Vaccination in Bombay 1863-1868 - 1863-1868
Year: 1863
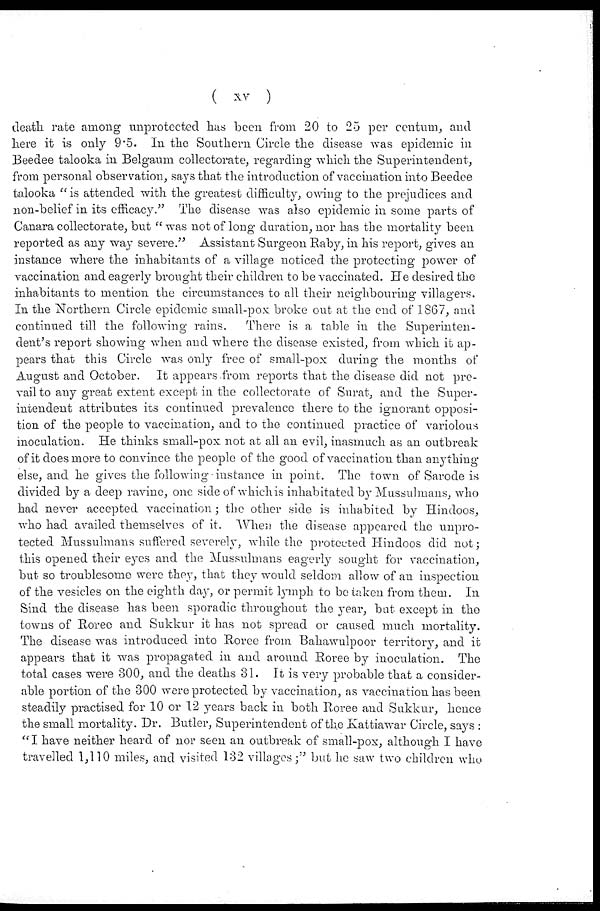
( xv )
death rate among unprotected has been from 20 to 25 per centum, and
here it is only 9.5. In the Southern Circle the disease was epidemic in
Beedee talooka in Belgaum collectorate, regarding which the Superintendent,
from personal observation, says that the introduction of vaccination into Beedee
talooka " is attended with the greatest difficulty, owing to the prejudices and
non-belief in its efficacy." The disease was also epidemic in some parts of
Canara collectorate, but "was not of long duration, nor has the mortality been
reported as any way severe." Assistant Surgeon Raby, in his report, gives an
instance where the inhabitants of a village noticed the protecting power of
vaccination and eagerly brought their children to be vaccinated. He desired the
inhabitants to mention the circumstances to all their neighbouring villagers.
In the Northern Circle epidemic small-pox broke out at the end of 1867, and
continued till the following rains.
There is a table in the Superinten-
dent's report showing when and where the disease existed, from which it ap-
pears that this Circle was only free of small-pox during the months of
August and October. It appears from reports that the disease did not pre-
vail to any great extent except in the collectorate of Surat, and the Super-
intendent attributes its continued prevalence there to the ignorant opposi-
tion of the people to vaccination, and to the continued practice of variolous
inoculation. He thinks small-pox not at all an evil, inasmuch as an outbreak
of it does more to convince the people of the good of vaccination than anything
else, and he gives the following instance in point. The town of Sarode is
divided by a deep ravine, one side of which is inhabitated by Mussulmans, who
had never accepted vaccination ; the other side is inhabited by Hindoos,
who had availed themselves of it. When the disease appeared the unpro-
tected Mussulmans suffered severely, while the protected Hindoos did not;
this opened their eyes and the Mussulmans eagerly sought for vaccination,
but so troublesome were they, that they would seldom allow of an inspection
of the vesicles on the eighth day, or permit lymph to be taken from them. In
Sind the disease has been sporadic throughout the year, but except in the
towns of Roree and Sukkur it has not spread or caused much mortality.
The disease was introduced into Roree from Bahawulpoor territory, and it
appears that it was propagated in and around Roree by inoculation. The
total cases were 300, and the deaths 31. It is very probable that a consider-
able portion of the 300 were protected by vaccination, as vaccination has been
steadily practised for 10 or 12 years back in both Roree and Sukkur, hence
the small mortality. Dr. Butler, Superintendent of the Kattiawar Circle, says :
"I have neither heard of nor seen an outbreak of small-pox, although I have
travelled 1,110 miles, and visited 132 villages;" but he saw two children who